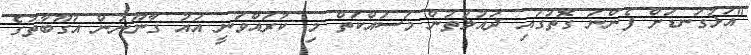
"އަޅުގަނޑަށް ފެންނަ ގޮތުގައި ދައުލަތުން މަސައްކަތް މި ކުރައްވަނީ އައު ގާނޫނުން އުގޫބާތުގެ